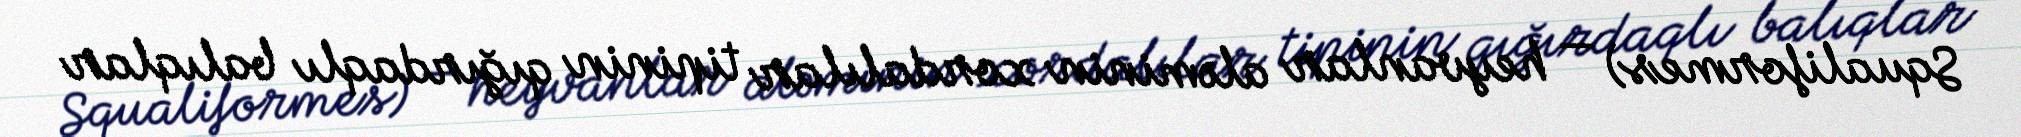
Squaliformes) — heyvanlar aləminin xordalılar tipinin qığırdaqlı balıqlar